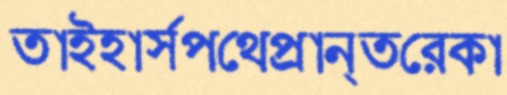
তাইহার্সপথেপ্রান্তরেকা